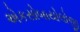
એકસોબાયોલોજી